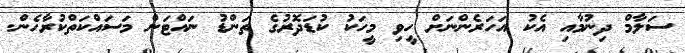
ސަލާމް ދިނުމާއި އެކު އަހަރެންނަށް ހީވި މީހަކު ކުޑަދޮރުގެ ތަންޑު ނައްޓަން މަސައްކަތްކުރާހެން.